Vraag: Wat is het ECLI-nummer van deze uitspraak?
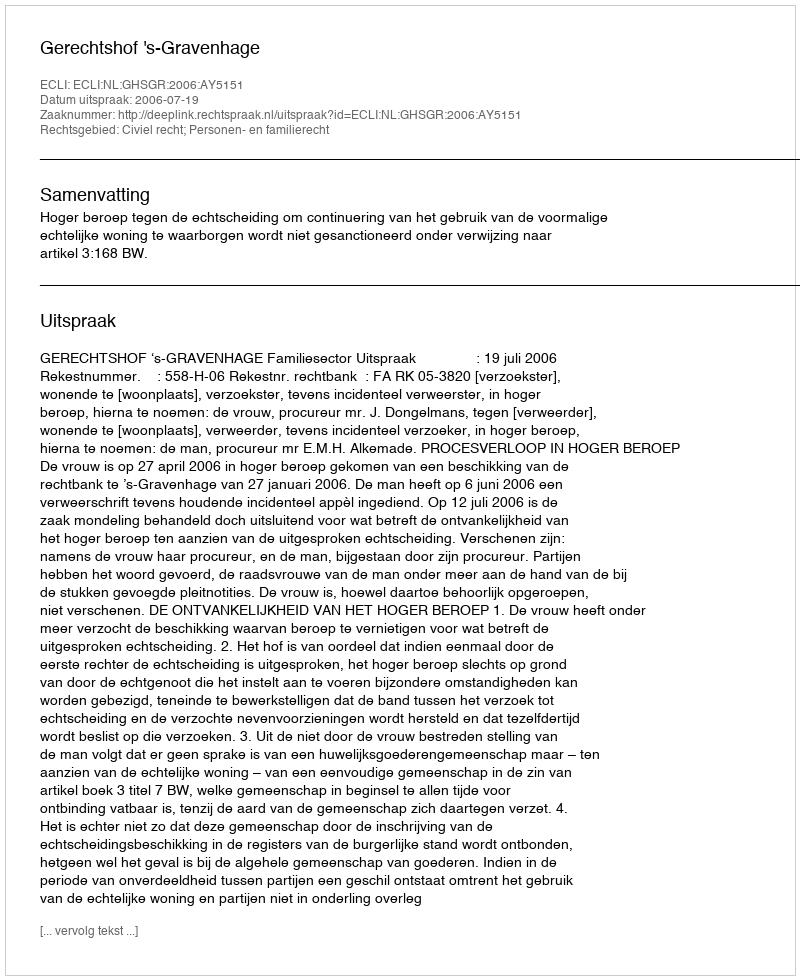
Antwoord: ECLI:NL:GHSGR:2006:AY5151